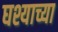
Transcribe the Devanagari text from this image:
घश्याच्या